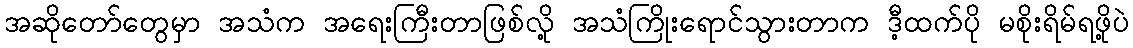
အဆိုတော်တွေမှာ အသံက အရေးကြီးတာဖြစ်လို့ အသံကြိုးရောင်သွားတာက ဒီ့ထက်ပို မစိုးရိမ်ရဖို့ပဲ